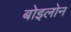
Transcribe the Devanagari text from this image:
बोइलोन